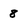
Character: 8